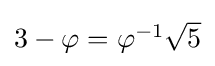
\textstyle 3-\varphi =\varphi ^{-1}{\sqrt {5}}